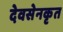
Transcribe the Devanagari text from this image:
देवसेनकृत